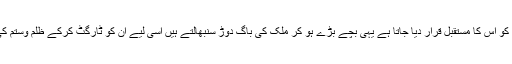
کسی بھی ملک کے بچوں کو اس کا مستقبل قرار دیا جاتا ہے یہی بچے بڑے ہو کر ملک کی باگ دوڑ سنبھالتے ہیں اسی لیے ان کو ٹارگٹ کرکے ظلم وستم کی نئی داستان رقم کی گئی۔